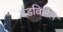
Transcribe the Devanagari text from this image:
दडविलेले